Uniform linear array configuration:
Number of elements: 24
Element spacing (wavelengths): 1
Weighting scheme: uniform
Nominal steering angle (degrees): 0
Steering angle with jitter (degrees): -0.438
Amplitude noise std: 0.05
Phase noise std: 0.05

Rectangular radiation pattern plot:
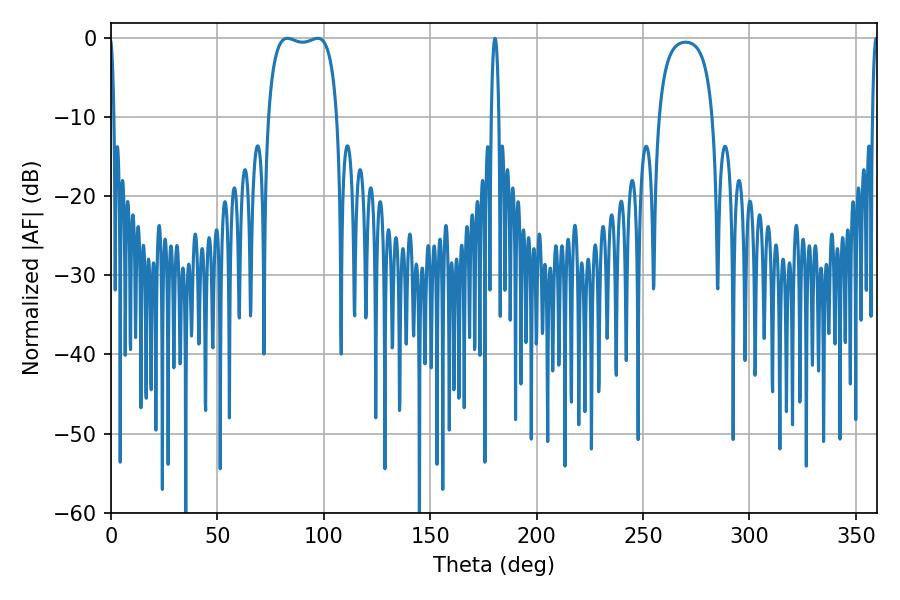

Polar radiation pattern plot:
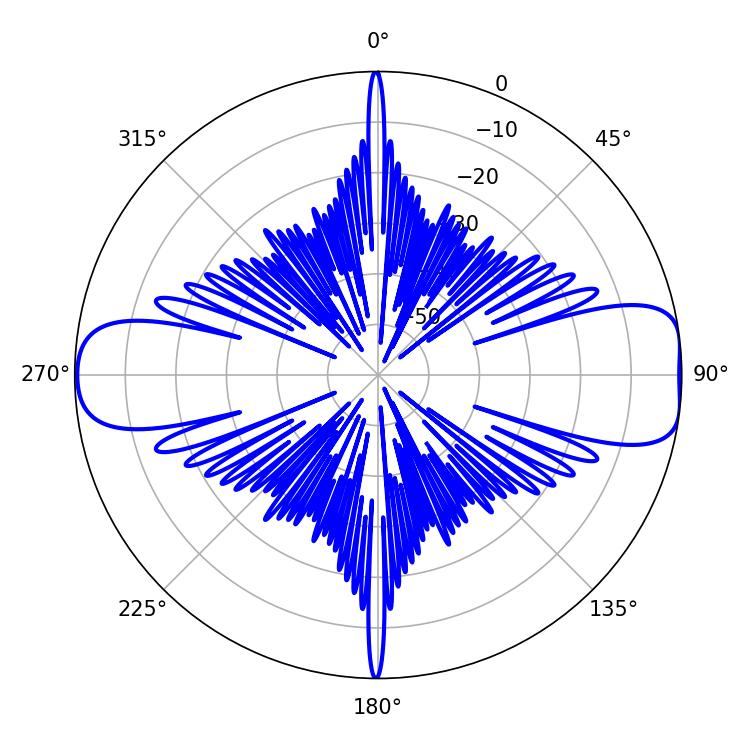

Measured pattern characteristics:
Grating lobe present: TRUE
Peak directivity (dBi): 10.77
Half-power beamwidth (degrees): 26.28
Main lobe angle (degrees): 82.8